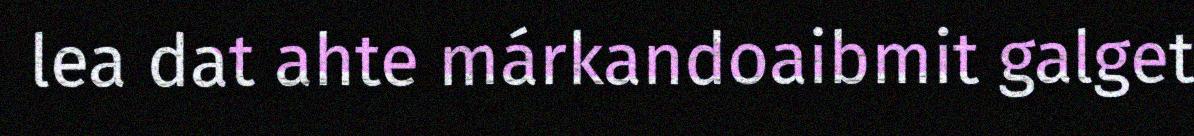
lea dat ahte márkandoaibmit galget